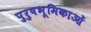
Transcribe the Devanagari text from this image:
पुरुषभूमिकाओं